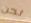
نحن